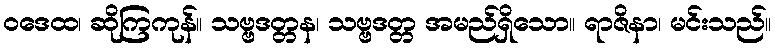
ဝဒေထ၊ ဆိုကြကုန်။ သဗ္ဗဒတ္တန၊ သဗ္ဗဒတ္တ အမည်ရှိသော။ ရာဇိနာ၊ မင်းသည်။